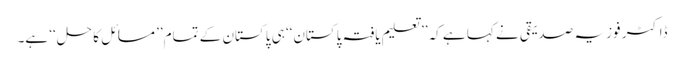
ڈاکٹر فوزیہ صدیقی نے کہا ہے کہ’’ تعلیم یافتہ پاکستان‘‘ ہی پاکستان کے تمام’’ مسائل کا حل‘‘ ہے۔